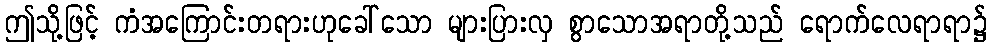
ဤသို့ဖြင့် ကံအကြောင်းတရားဟုခေါ်သော များပြားလှ စွာသောအရာတို့သည် ရောက်လေရာရာ၌